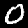
Digit: 0